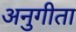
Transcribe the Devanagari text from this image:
अनुगीता